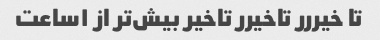
تا خیررر تاخیرر تاخیر بیش‌تر از ١ساعت